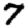
Digit: 7